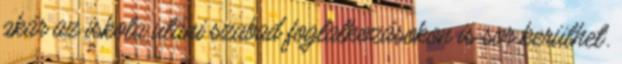
akár az iskola utáni szabad foglalkozásokon is sor kerülhet.